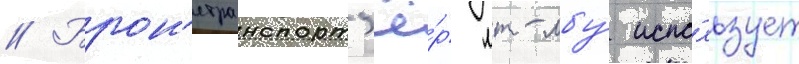
// Брон'етранспорт'ё́р мт-лбу́ испо́льзует